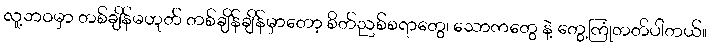
လူ့ဘဝမှာ တစ်ချိန်မဟုတ် တစ်ချိန်ချိန်မှာတော့ စိတ်ညစ်စရာတွေ၊ သောကတွေ နဲ့ တွေ့ကြုံတတ်ပါတယ်။